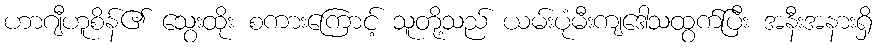
ဟာဂျီဟူစိန်၏ သွေးထိုး စကားကြောင့် သူတို့သည် ယမ်းပုံမီးကျဒေါသထွက်ပြီး အနီးအနားရှိ